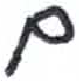
אות: ם